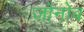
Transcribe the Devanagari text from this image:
जोनोब